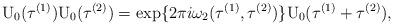
LaTeX: \begin{align*}{\rm U}_0({\tau}^{(1)}) {\rm U}_0({\tau}^{(2)}) =\exp\{ 2\pi i {\omega}_{2}({\tau}^{(1)}, {\tau}^{(2)})\}{\rm U}_{0}( {\tau}^{(1)} + {\tau}^{(2)} ) ,\end{align*}